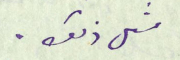
مثل ذلك .